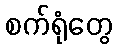
စက်ရုံတွေ